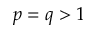
p = q > 1